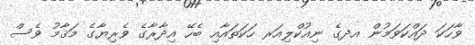
ވާހަކަ ދައްކަވަމުން އދގެ ނިއުކްލިއަރ ހަކަތައާއި ބެހޭ އިދާރާގެ ވެރިޔާގެ މަޤާމު ވެސް